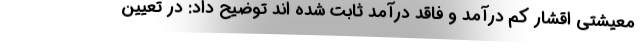
معیشتی اقشار کم درآمد و فاقد درآمد ثابت شده اند توضیح داد: در تعیین